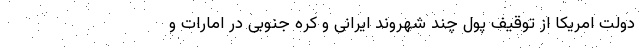
دولت امریکا از توقیف پول چند شهروند ایرانی و کره جنوبی در امارات و